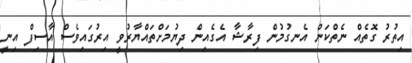
އިތުރު ގޮތެއް ނެތްކަން އެނގުމުން ފިރާޝާ އެގެއިން ދިޔުމަށްތައްޔާރުވީ އިރުގައިވެސް އާސިފް އިނީ